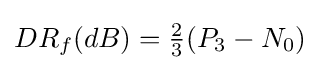
DR_{f}(dB)={\tfrac {2}{3}}(P_{3}-N_{0})